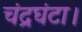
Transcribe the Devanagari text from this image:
चंद्रघंटा।